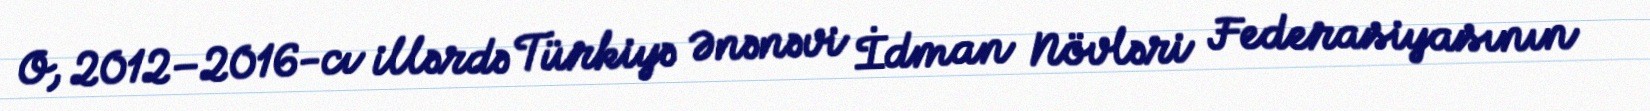
O, 2012–2016-cı illərdə Türkiyə Ənənəvi İdman Növləri Federasiyasının